65_HS1-834228961_62-HQ-83894_Section_5
Agency: FBI
Page 41
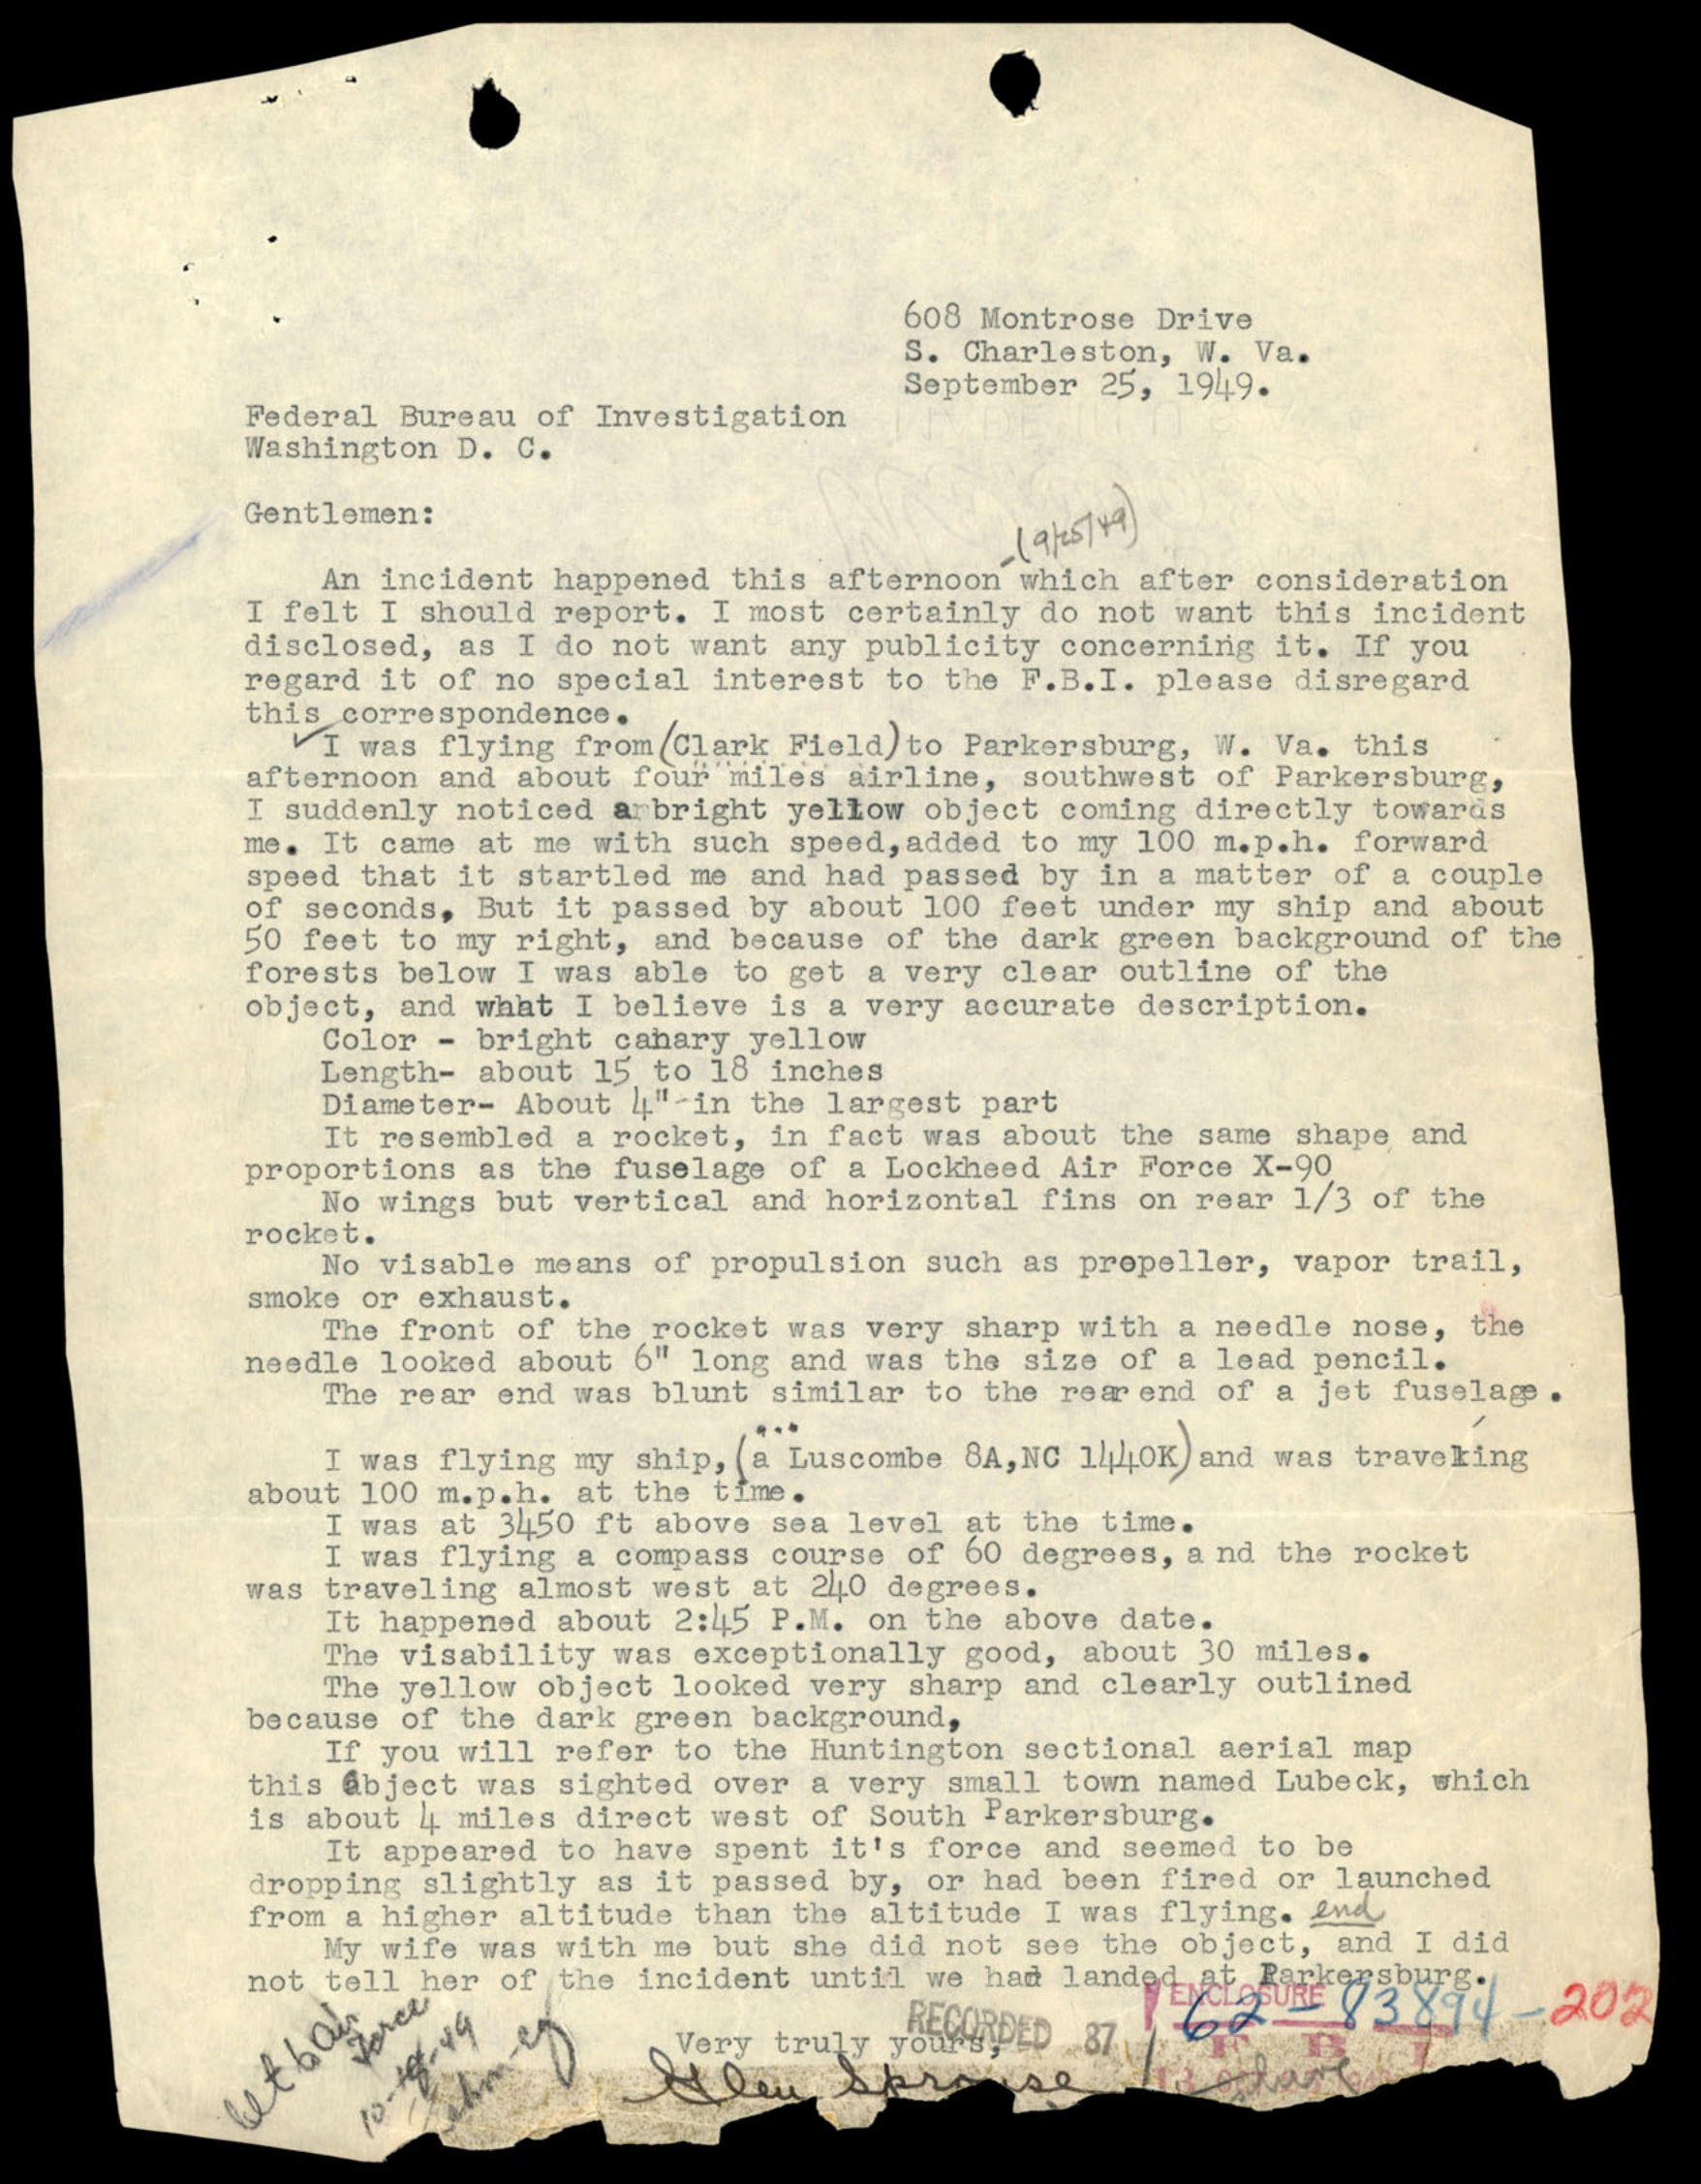